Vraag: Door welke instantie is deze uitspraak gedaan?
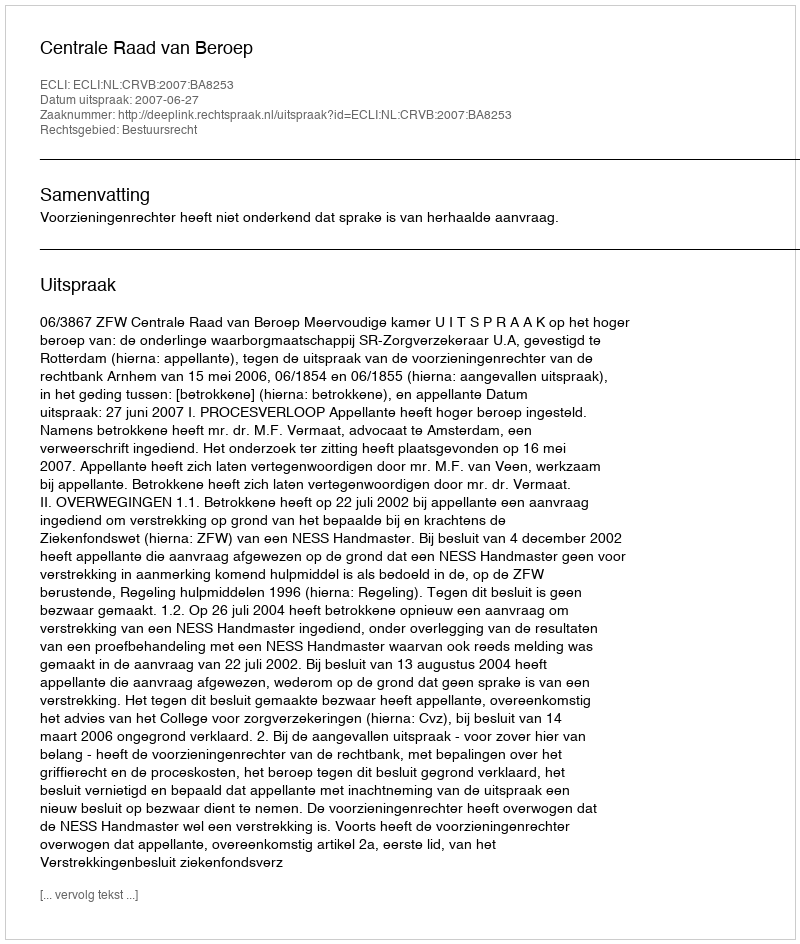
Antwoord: Centrale Raad van Beroep